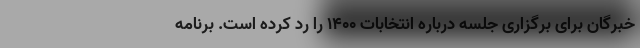
خبرگان برای برگزاری جلسه درباره انتخابات ۱۴۰۰ را رد کرده است. برنامه